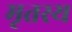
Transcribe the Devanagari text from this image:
मृतस्य